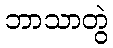
ဘာသာတွဲ